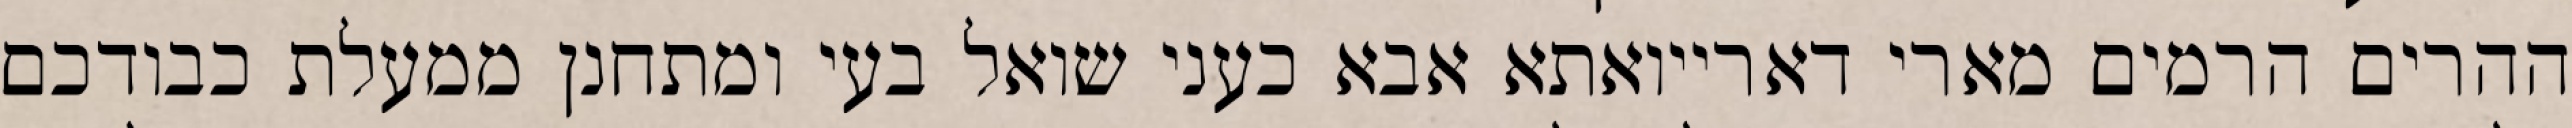
ההרים הרמים מארי דארייואתא אבא כעני שואל בעי ומתחנן ממעלת כבודכם